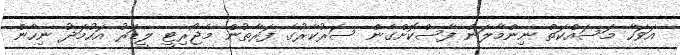
އަވަހާ މަސައްކަތް ނިންމާލަން ފާސްކޮށްގެން ސަރުކާރުގެ ފަރާތުން މެޖޯރިޓީ ލީޑަރު އަހުމަދު ނިހާން